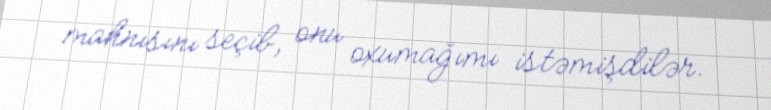
mahnısını seçib, onu oxumağımı istəmişdilər.